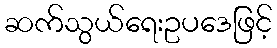
ဆက်သွယ်ရေးဥပဒေဖြင့်